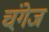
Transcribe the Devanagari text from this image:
चंगे़ज